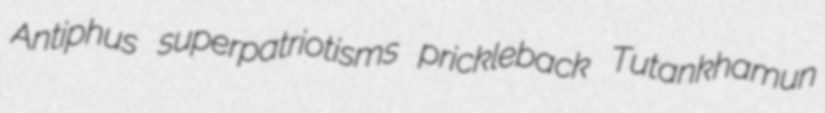
Antiphus superpatriotisms prickleback Tutankhamun